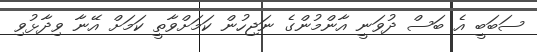
ސަބަބީ އެ ބަސް ދުވަނީ އާންމުންގެ ނަޖިހުން ކަމަށްވާތީ ކަމަށް އޭނާ ވިދާޅުވި